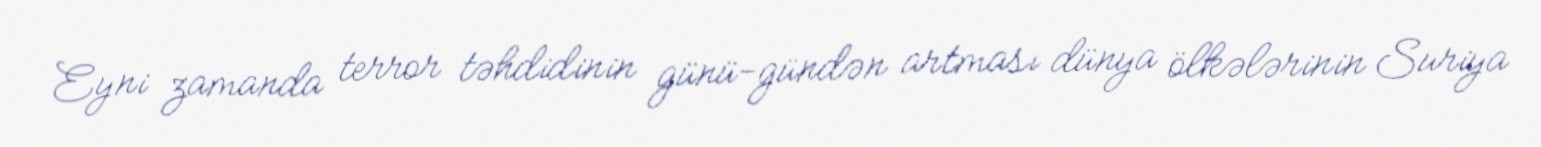
Eyni zamanda terror təhdidinin günü-gündən artması dünya ölkələrinin Suriya